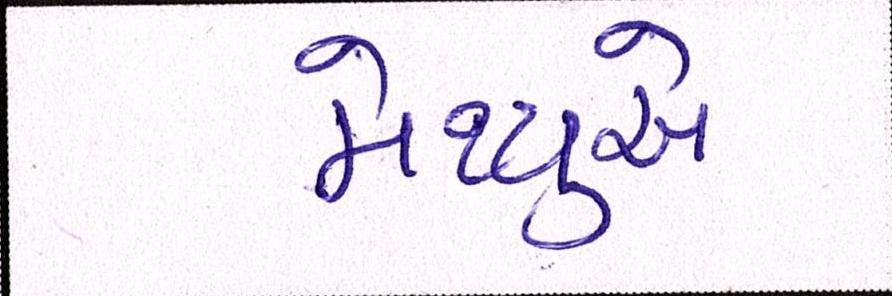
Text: મેથ્યુએ